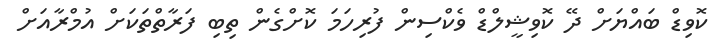
ކޮވިޑް ބައްޔަށް ދޭ ކޮވިޝީލްޑް ވެކްސިން ފުރިހަމަ ކޮށްގެން ތިބި ފަރާތްތަކަށް އުމްރާއަށް